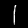
Digit: 1